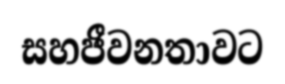
සහජීවනතාවට